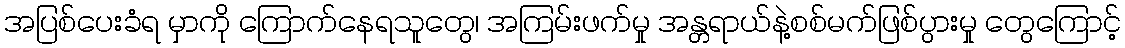
အပြစ်ပေးခံရ မှာကို ကြောက်နေရသူတွေ၊ အကြမ်းဖက်မှု အန္တရာယ်နဲ့စစ်မက်ဖြစ်ပွားမှု တွေကြောင့်